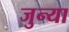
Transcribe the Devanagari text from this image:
जुन्‍या